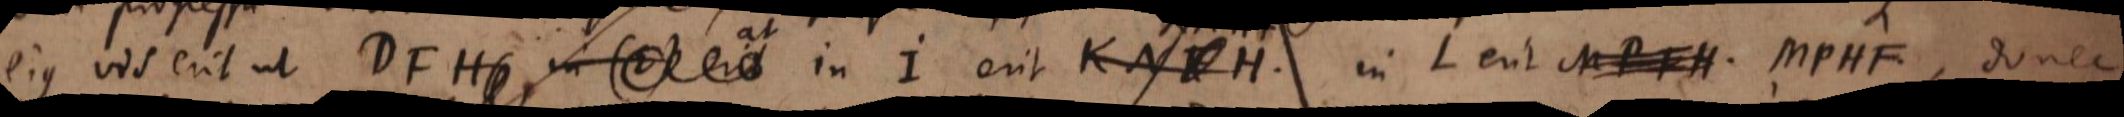
ejus vis erit ut DFH, in erit in I erit KNFH, in L erit MPFH MPHF, donec